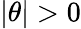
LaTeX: |\theta|>0